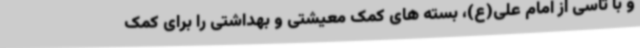
و با تأسی از امام علی(ع)، بسته های کمک معیشتی و بهداشتی را برای کمک